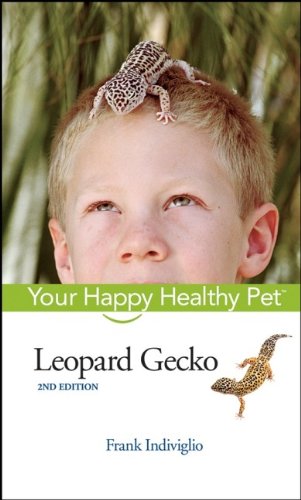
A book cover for Leopard Gecko: Your Happy Healthy Pet; Frank Indiviglio; Crafts, Hobbies & Home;